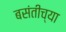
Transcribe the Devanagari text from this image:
बसंतीच्या